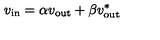
v _ { \mathrm { i n } } = \alpha v _ { \mathrm { o u t } } + \beta v _ { \mathrm { o u t } } ^ { * }